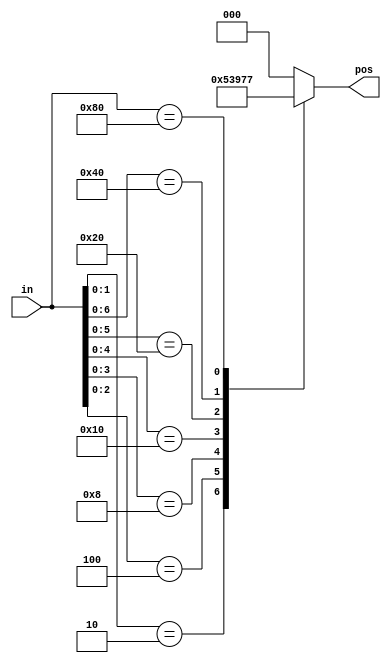
// synthesis verilog_input_version verilog_2001
module top_module (
    input [7:0] in,
    output reg [2:0] pos );
    always@(*)begin
        casez(in)
            8'b???????1:pos = 3'd0;
            8'b??????10:pos = 3'd1;
            8'b?????100:pos = 3'd2;
            8'b????1000:pos = 3'd3;
            8'b???10000:pos = 3'd4;
            8'b??100000:pos = 3'd5;
            8'b?1000000:pos = 3'd6;
            8'b10000000:pos = 3'd7;
            default pos = 3'd0;
        endcase
    end
endmodule